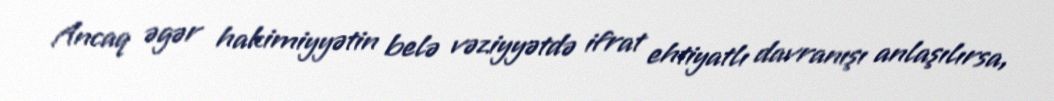
Ancaq əgər hakimiyyətin belə vəziyyətdə ifrat ehtiyatlı davranışı anlaşılırsa,